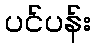
ပင်ပန်း